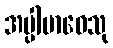
အပ္ပါဗာဓေသု